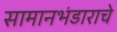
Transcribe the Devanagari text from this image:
सामानभंडाराचे